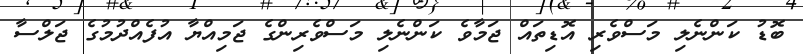
ބޮޑު ކަންނެލި މަސްވެރި އޮޑިތައް ޖަމާވެ ކަންނެލި މަސްވެރިންގެ ޖަމިއްޔާ އުފެއްދުމުގެ ޖަލްސާ